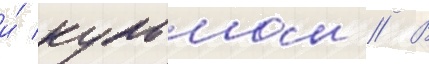
и́ кульмом // В